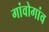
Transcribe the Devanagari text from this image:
गांवोगांव